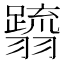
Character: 𮋗